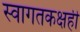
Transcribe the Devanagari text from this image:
स्वागतकक्षही